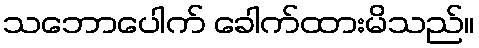
သဘောပေါက် ခေါက်ထားမိသည်။